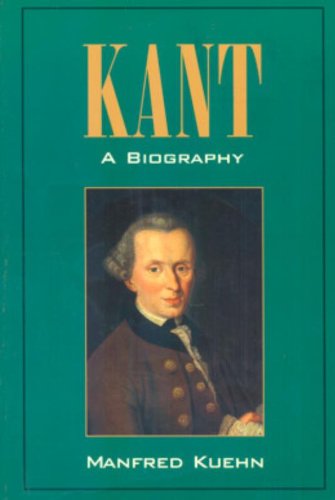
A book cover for Kant: A Biography; Manfred Kuehn; Biographies & Memoirs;